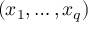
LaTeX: ( x _ { 1 } , \dots , x _ { q } )